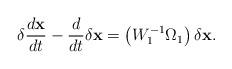
LaTeX: \begin{align*}\delta\dfrac{d\textbf{x}}{dt}-\dfrac{d}{dt}\delta{\textbf{x}}=\left(W^{-1}_1\Omega_1\right)\delta{\textbf{x}}.\end{align*}